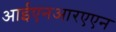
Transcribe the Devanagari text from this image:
आईएनआरएएन